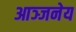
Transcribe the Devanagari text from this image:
आञ्जनेय